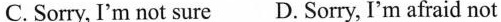
C. Sorry, I'm not sure D.Sorry, I'm afraid not